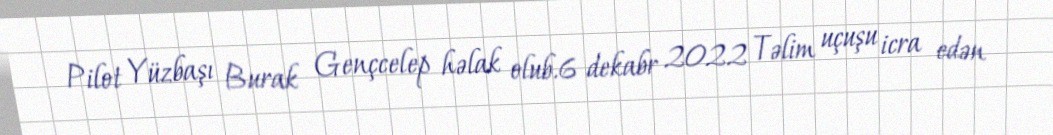
Pilot Yüzbaşı Burak Gençcelep həlak olub.6 dekabr 2022 Təlim uçuşu icra edən